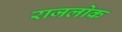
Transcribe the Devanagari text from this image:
राजलोक